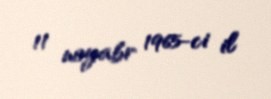
11 noyabr 1965-ci il